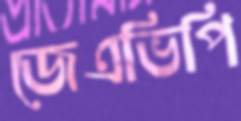
জেএভিপি